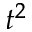
t ^ { 2 }